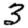
Digit: 3